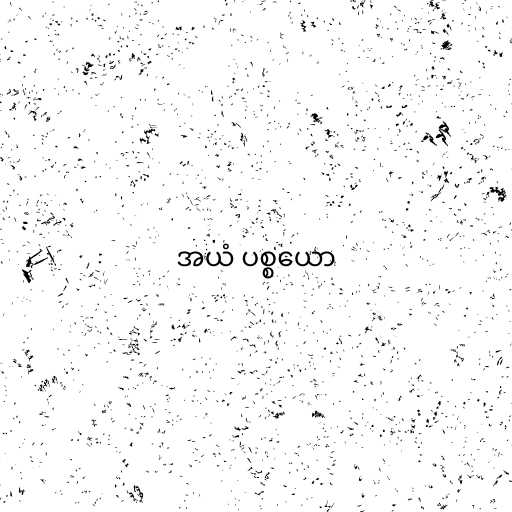
အယံ ပစ္စယော